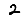
Digit: 2